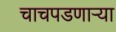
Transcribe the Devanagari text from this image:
चाचपडणाऱ्या